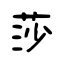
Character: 莎